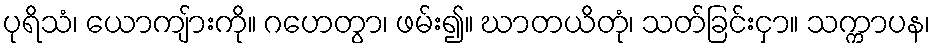
ပုရိသံ၊ ယောကျ်ားကို။ ဂဟေတွာ၊ ဖမ်း၍။ ဃာတယိတုံ၊ သတ်ခြင်းငှာ။ သက္ကာပန၊